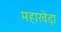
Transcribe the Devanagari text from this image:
महाखेड़ा